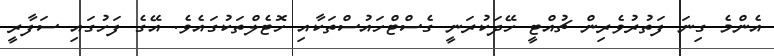
އެންމެ ގިނަ ފަތުރުވެރިން ޗުއްޓީ ހޭދަކުރަނީ ގެސްޓްހައުސްތަކާއި ހޮޓެލްތަކުގައެވެ. އޭގެ ފަހުގައި ސަފާރީ